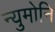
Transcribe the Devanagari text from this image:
न्युमोनि